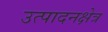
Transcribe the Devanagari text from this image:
उत्पादनक्षेत्र